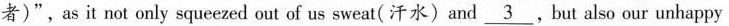
者)",as it not only squeezed out of us sweat( 汗水)and \underline{3}.But also our unhappy